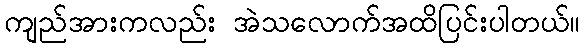
ကျည်အားကလည်း အဲသလောက်အထိပြင်းပါတယ်။